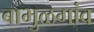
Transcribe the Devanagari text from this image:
बाभुळगांव